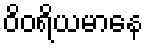
ဝိဝရိယမာနေ